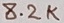
Text: 8.2K